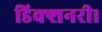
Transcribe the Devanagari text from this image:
डिक्शनरी।